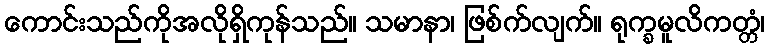
ကောင်းသည်ကိုအလိုရှိကုန်သည်။ သမာနာ၊ ဖြစ်က်လျက်။ ရုက္ခမူလိကတ္တံ၊